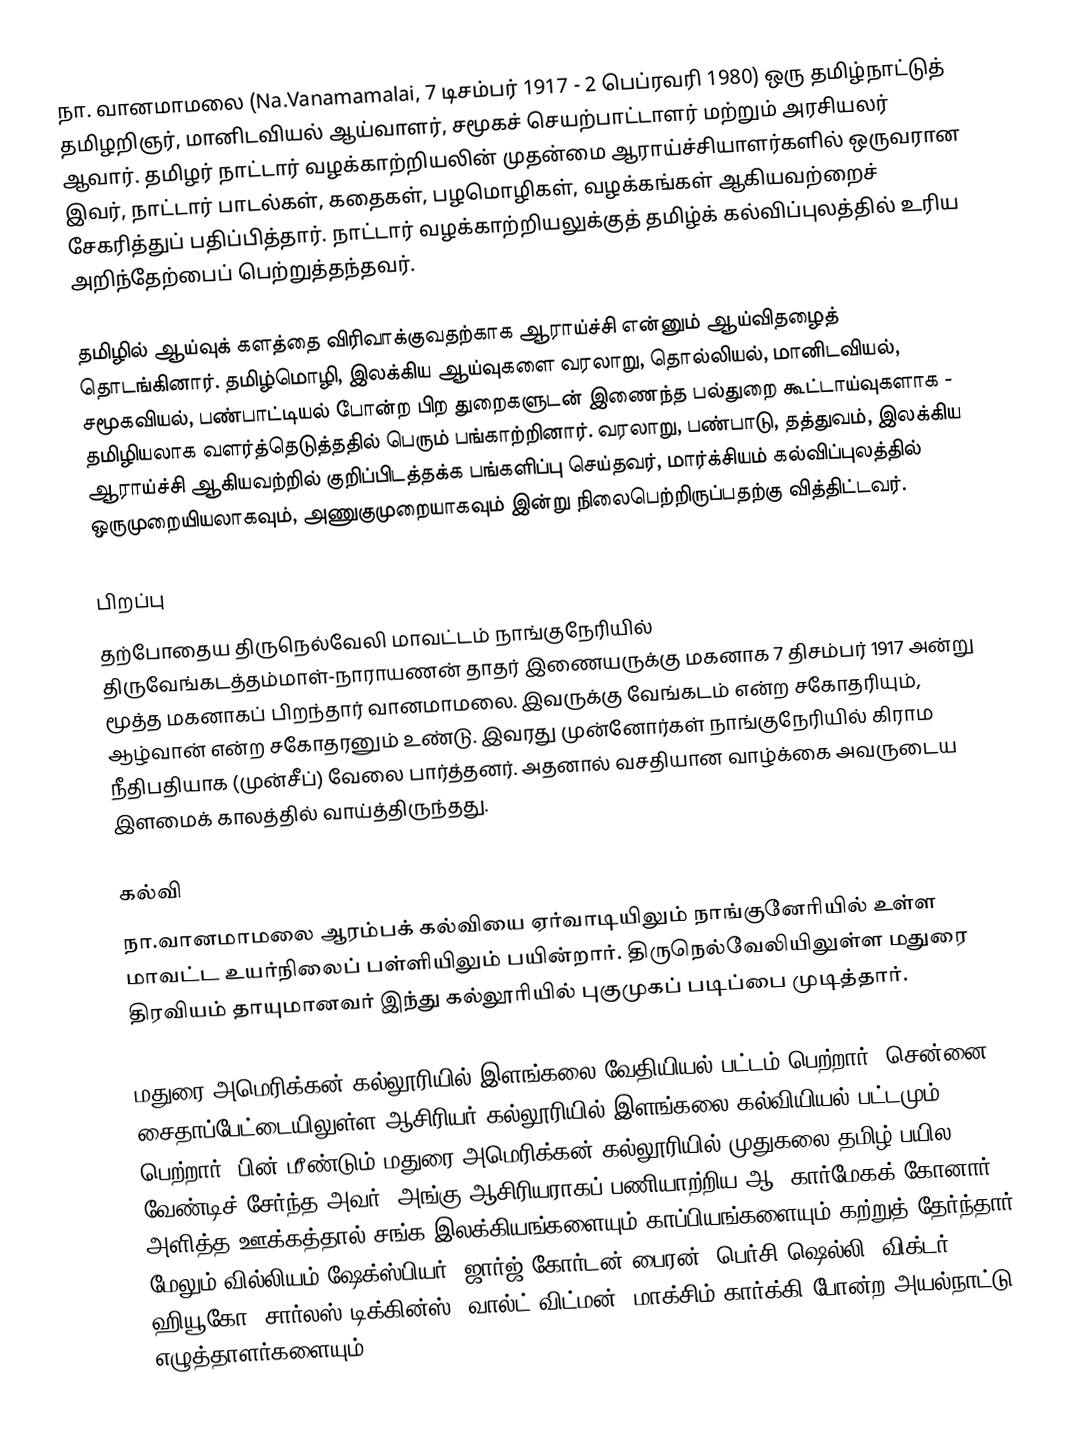
நா. வானமாமலை (Na.Vanamamalai, 7 டிசம்பர் 1917 -  2 பெப்ரவரி 1980) ஒரு தமிழ்நாட்டுத் தமிழறிஞர், மானிடவியல் ஆய்வாளர், சமூகச் செயற்பாட்டாளர் மற்றும் அரசியலர் ஆவார். தமிழர் நாட்டார் வழக்காற்றியலின் முதன்மை ஆராய்ச்சியாளர்களில் ஒருவரான இவர், நாட்டார் பாடல்கள், கதைகள், பழமொழிகள், வழக்கங்கள் ஆகியவற்றைச் சேகரித்துப் பதிப்பித்தார். நாட்டார் வழக்காற்றியலுக்குத் தமிழ்க் கல்விப்புலத்தில் உரிய அறிந்தேற்பைப் பெற்றுத்தந்தவர்.

தமிழில் ஆய்வுக் களத்தை விரிவாக்குவதற்காக ஆராய்ச்சி என்னும் ஆய்விதழைத் தொடங்கினார். தமிழ்மொழி, இலக்கிய ஆய்வுகளை வரலாறு, தொல்லியல், மானிடவியல், சமூகவியல், பண்பாட்டியல் போன்ற பிற துறைகளுடன் இணைந்த பல்துறை கூட்டாய்வுகளாக - தமிழியலாக வளர்த்தெடுத்ததில் பெரும் பங்காற்றினார். வரலாறு, பண்பாடு, தத்துவம், இலக்கிய ஆராய்ச்சி ஆகியவற்றில் குறிப்பிடத்தக்க பங்களிப்பு செய்தவர், மார்க்சியம் கல்விப்புலத்தில் ஒருமுறையியலாகவும், அணுகுமுறையாகவும் இன்று நிலைபெற்றிருப்பதற்கு வித்திட்டவர்.

பிறப்பு
தற்போதைய திருநெல்வேலி மாவட்டம் நாங்குநேரியில் திருவேங்கடத்தம்மாள்-நாராயணன் தாதர் இணையருக்கு மகனாக 7 திசம்பர் 1917 அன்று  மூத்த மகனாகப் பிறந்தார் வானமாமலை. இவருக்கு வேங்கடம் என்ற சகோதரியும், ஆழ்வான் என்ற சகோதரனும் உண்டு. இவரது முன்னோர்கள் நாங்குநேரியில்  கிராம நீதிபதியாக (முன்சீப்) வேலை பார்த்தனர். அதனால் வசதியான வாழ்க்கை அவருடைய இளமைக் காலத்தில் வாய்த்திருந்தது.

கல்வி
நா.வானமாமலை ஆரம்பக் கல்வியை ஏர்வாடியிலும் நாங்குனேரியில் உள்ள மாவட்ட உயர்நிலைப் பள்ளியிலும் பயின்றார். திருநெல்வேலியிலுள்ள மதுரை திரவியம் தாயுமானவர் இந்து கல்லூரியில் புகுமுகப் படிப்பை முடித்தார்.

மதுரை அமெரிக்கன் கல்லூரியில்  இளங்கலை  வேதியியல் பட்டம் பெற்றார். சென்னை சைதாப்பேட்டையிலுள்ள ஆசிரியர் கல்லூரியில் இளங்கலை கல்வியியல் பட்டமும் பெற்றார். பின் மீண்டும்  மதுரை அமெரிக்கன் கல்லூரியில் முதுகலை தமிழ் பயில வேண்டிச் சேர்ந்த அவர், அங்கு ஆசிரியராகப் பணியாற்றிய ஆ. கார்மேகக் கோனார் அளித்த ஊக்கத்தால் சங்க இலக்கியங்களையும் காப்பியங்களையும் கற்றுத் தேர்ந்தார். மேலும் வில்லியம் ஷேக்ஸ்பியர், ஜார்ஜ் கோர்டன் பைரன், பெர்சி ஷெல்லி, விக்டர் ஹியூகோ, சார்லஸ் டிக்கின்ஸ், வால்ட் விட்மன், மாக்சிம் கார்க்கி போன்ற அயல்நாட்டு எழுத்தாளர்களையும்